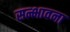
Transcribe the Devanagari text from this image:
सन्भावना